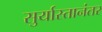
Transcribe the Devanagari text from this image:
सुर्यास्तानंतर